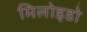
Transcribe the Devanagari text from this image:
मिलोइडो